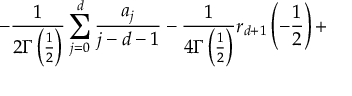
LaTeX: - \frac 1 { 2 \Gamma \left( \frac 1 2 \right) } \sum _ { j = 0 } ^ { d } \frac { a _ { j } } { j - d - 1 } - \frac 1 { 4 \Gamma \left( \frac 1 2 \right) } r _ { d + 1 } \left( - \frac 1 2 \right) +